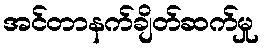
အင်တာနက်ချိတ်ဆက်မှု